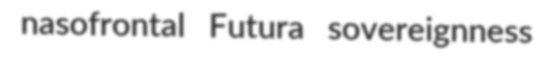
nasofrontal Futura sovereignness